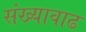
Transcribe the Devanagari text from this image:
संख्यावाढ